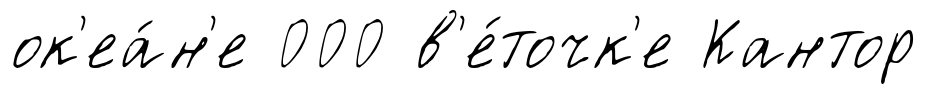
ок'еа́н'е 000 в'е́точк'е Кантор